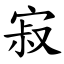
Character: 寂